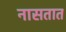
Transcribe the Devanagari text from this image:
नासतात